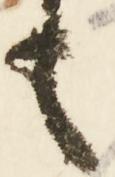
も